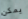
يمكن